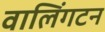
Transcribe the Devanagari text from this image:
वालिंगटन